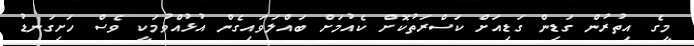
މީގެ އިތުރުން ގަޑިން ގަޑިއަށް ކަސްރަތުކޮށް ކެއުމަށް ބައްލަވައިގެން އުޅުއްވުމަކީ ވެސް ހަށިގަނޑު